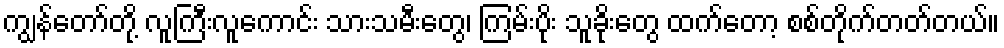
ကျွန်တော်တို့ လူကြီးလူကောင်း သားသမီးတွေ၊ ကြမ်းပိုး သူခိုးတွေ ထက်တော့ စစ်တိုက်တတ်တယ်။